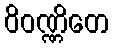
ဝိဝဏ္ဏိတေ